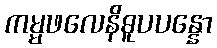
ကမ္မဖလေနိဓူပပန္နော